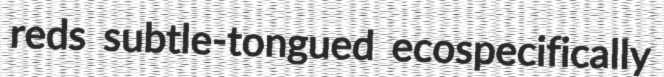
reds subtle-tongued ecospecifically